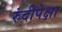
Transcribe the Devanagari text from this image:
रुंदीपेक्षा